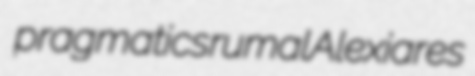
pragmatics rumal Alexiares